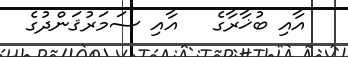
އާއި ބުޚާރާގެ   އާއި ސަމަރުޤަންދުގެ